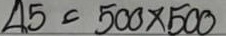
45 = 500 x 500